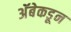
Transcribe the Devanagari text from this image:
अॅबेकडून